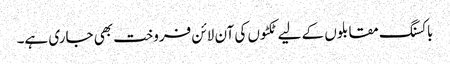
باکسنگ مقابلوں کے لیے ٹکٹوں کی آن لائن فروخت بھی جاری ہے۔